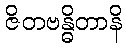
ဇိတဗန္ဓိတာနိ